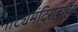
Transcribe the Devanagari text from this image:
नाट्यमंदिराबाहेर